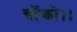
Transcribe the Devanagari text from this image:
चोंको।।